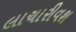
લાચારીવશ